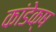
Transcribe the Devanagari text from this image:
कांडेक्ष